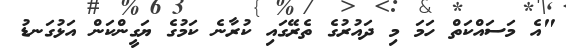
"އެ މަސައްކަތް ހަމަ މި ދައުރުގެ ތެރޭގައި ކުރާނެ ކަމުގެ ޔަގީންކަން އަޅުގަނޑު